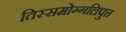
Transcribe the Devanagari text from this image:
तिस्समोग्गलिपुत्त